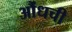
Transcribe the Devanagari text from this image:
औंधची